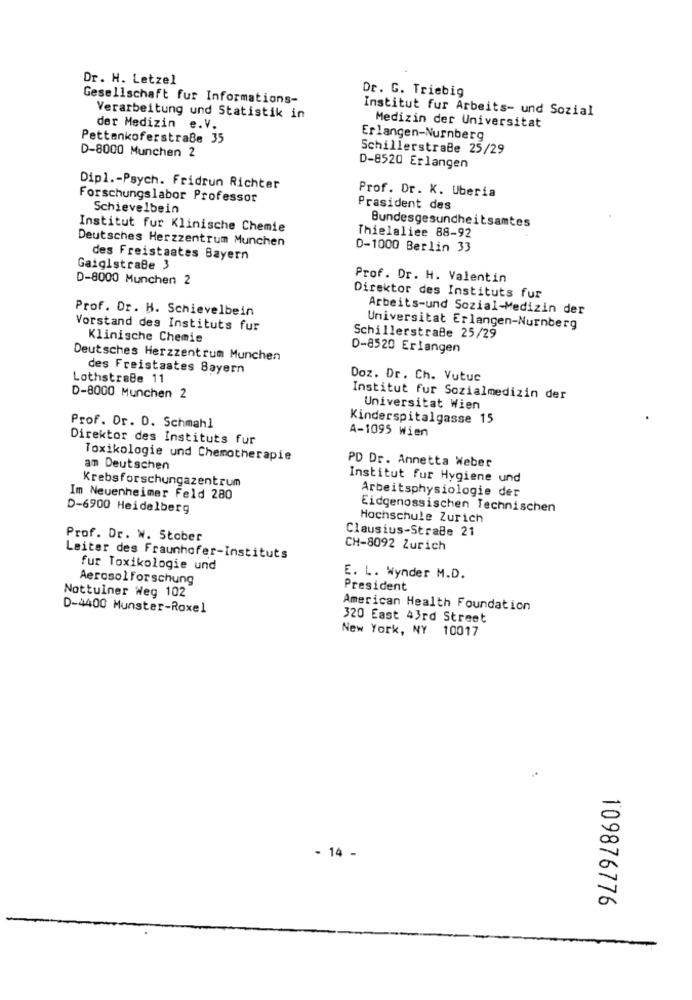
Dr. H. Letzel
Dr. G. Triebig
Gesellschaft fur Informations-
Institut fur Arbeits- und Sozial
Verarbeitung und Statistik in
der Medizin e.V.
Medizin der Universitat
Pettankoferstraße 35
Erlangen-Nurnberg
Schillerstraße 25/29
D-8000 Munchen 2
D-8520 Erlangen
Dipl .- Psych. Fridrun Richter
Prof. Dr. K. Uberia
Forschungslabor Professor
Schievelbein
Prasident des
Bundesgesundheitsamtes
Institut fur Klinische Chemie
Deutsches Herzzentrum Munchen
Thielaliee 88-92
D-1000 Berlin 33
des Freistaates Bayern
Gaiglstraße 3
D-8000 Munchen 2
Prof. Dr. H. Valentin
Direktor des Instituts fur
Prof. Dr. H. Schievelbein
Arbeits-und Sozial-Medizin der
Vorstand des Instituts fur
Universitat Erlangen-Nurnberg
Klinische Chemie
Schillerstraße 25/29
D-8520 Erlangen
Deutsches Herzzentrum Munchen
des Freistaates Bayern
LothstraBe 11
Doz. Dr. Ch. Vutuc
D-8000 Munchen 2
Institut fur Sozialmedizin der
Universitat Wien
Kinderspitalgasse 15
Prof. Dr. D. Schmahl
A-1095 Wien
Direktor des Instituts fur
Toxikologie und Chemotherapie
am Deutschen
PD Dr. Annetta Weber
Krebsforschungszentrum
Institut fur Hygiene und
Arbeitsphysiologie der
Im Neuenheimer Feld 280
D-6900 Heidelberg
Eidgenossischen Technischen
Hochschule Zurich
Clausius-StraBe 21
Prof. Dr. W. Stober
CH-8092 Zurich
Leiter des Fraunhofer-Instituts
fur Toxikologie und
Aerosolforschung
E. L. Wynder M.D.
President
Nottulner Weg 102
D-4400 Munster-Roxel
American Health Foundation
320 East 43rd Street
New York, NY 10017
- 14 -
109876776